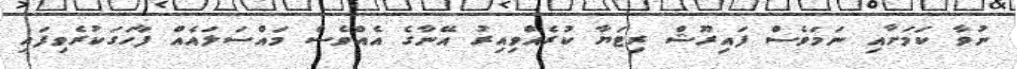
ނުވާ ކަމަށާއި ނަމަވެސް ފައިރޫޝް ރިޓަޔާ ކުރެއްވިއިރު އޭނާގެ އެއްވެސް މައްސަލައެއް ފާހަގަކުރެވިފައި